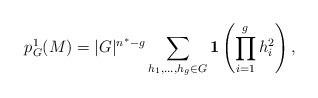
LaTeX: \begin{align*}p_G^1(M) = |G|^{n^*-g}\sum_{h_1,\dots,h_g\in G}\bold{1}\left(\prod_{i=1}^{g}h_i^2\right),\end{align*}